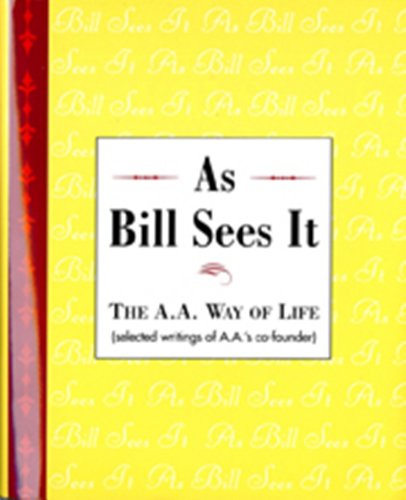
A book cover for As Bill Sees It: The A. A. Way of Life ...Selected Writings of the A. A.'s Co-Founder; Bill W.; Health, Fitness & Dieting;